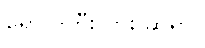
ရောဂါကြီးလား ဆရာ။